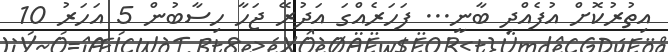
އިތުރުކޮށް އުފެއްދި ބާނީ... ފަހަރެއްގަ އަދުރޭ ޖަހާ ހިސާބުން 5 އަހަރު 10